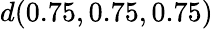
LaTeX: d(0.75,0.75,0.75)